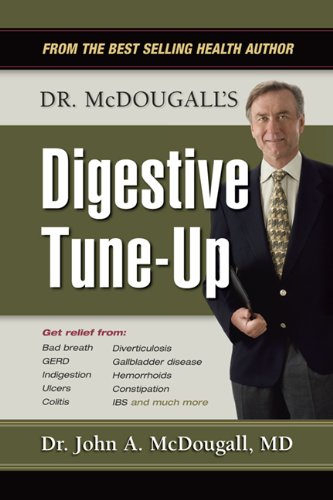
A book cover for Dr. McDougall's Digestive Tune-Up; John A. McDougall; Health, Fitness & Dieting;